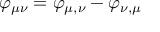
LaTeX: \varphi _ { \mu \nu } = \varphi _ { \mu , \nu } - \varphi _ { \nu , \mu }